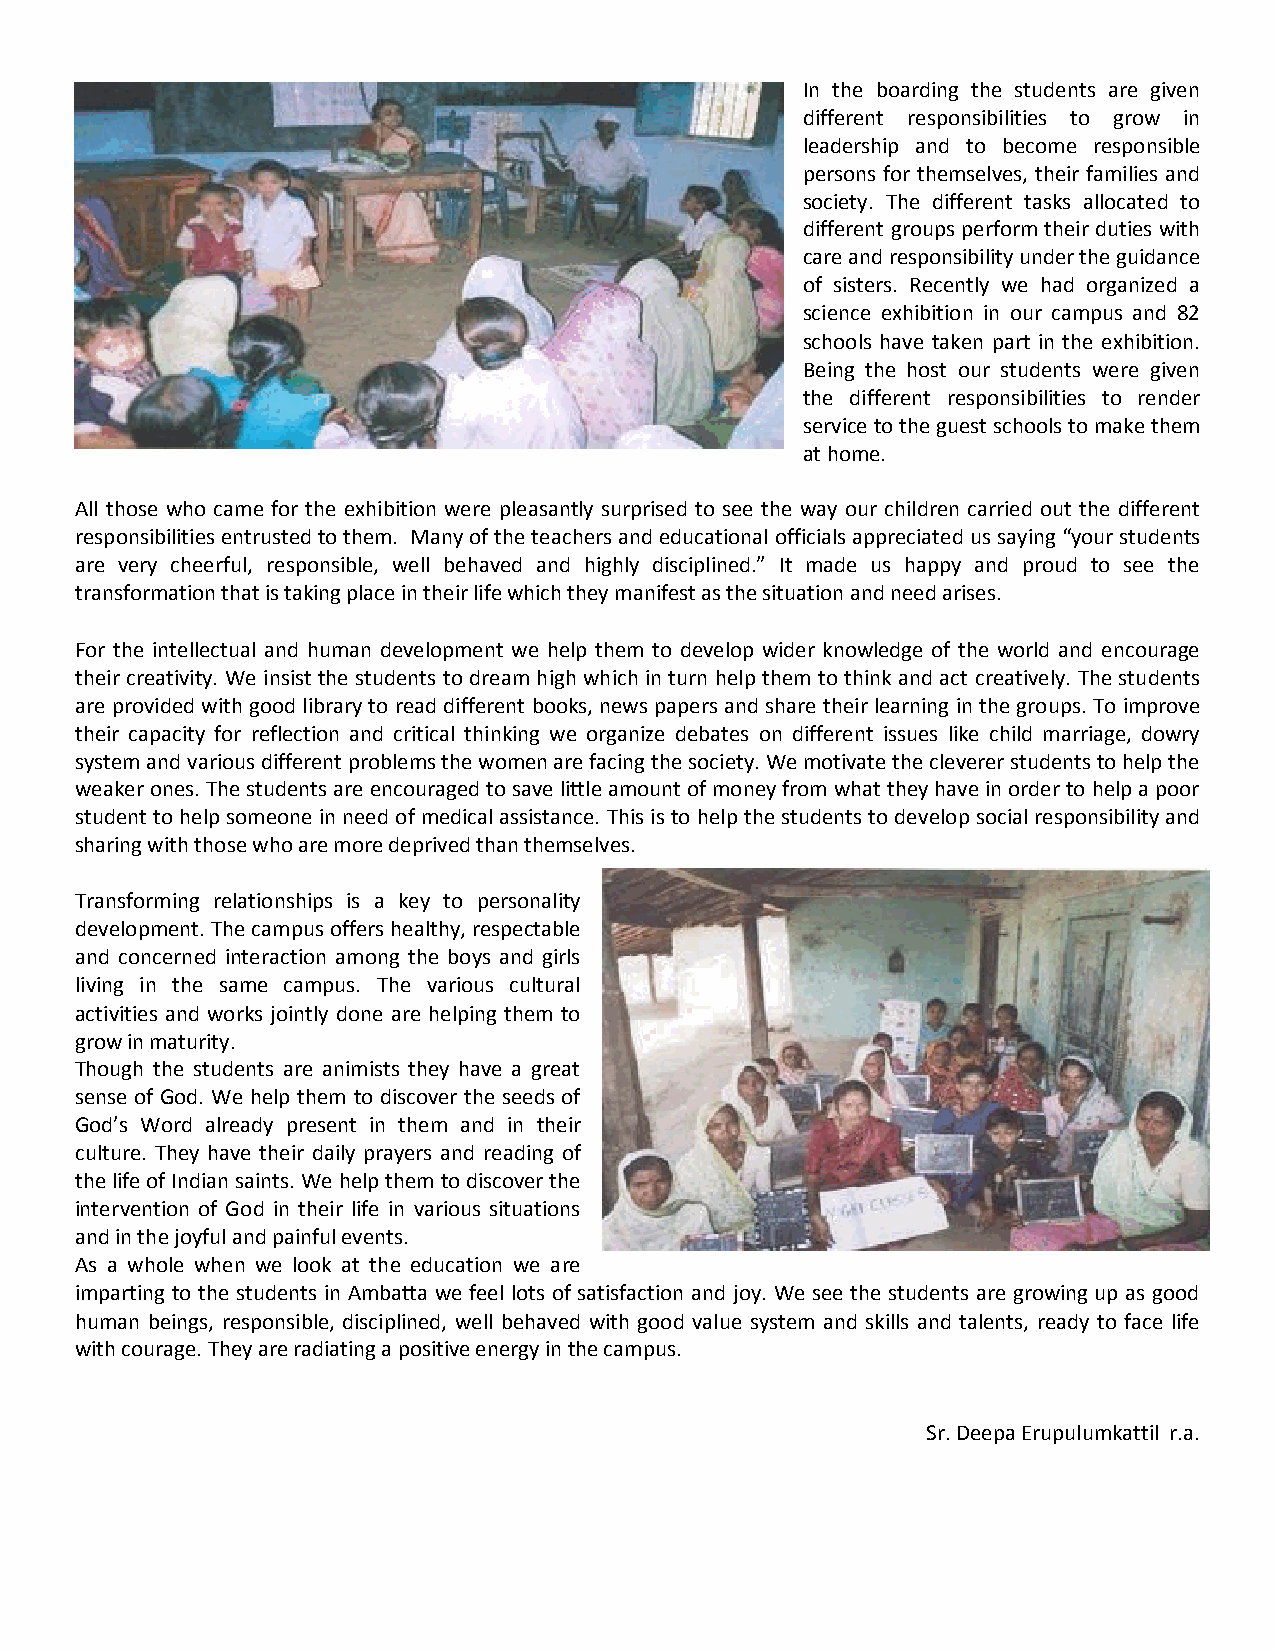
In the boarding the students are given
 different responsibilities to grow in
 leadership and to become responsible
 persons for themselves, their families and
 society. The different tasks allocated to
 different groups perform their duties with
 care and responsibility under the guidance
 of sisters. Recently we had organized a
 science exhibition in our campus and 82
 schools have taken part in the exhibition.
 Being the host our students were given
 the different responsibilities to render
 service to the guest schools to make them
 at home.
 All those who came for the exhibition were pleasantly surprised to see the way our children carried out the different
 responsibilities entrusted to them. Many of the teachers and educational officials appreciated us saying “your students
 are very cheerful, responsible, well behaved and highly disciplined.” It made us happy and proud to see the
 transformation that is taking place in their life which they manifest as the situation and need arises.
 For the intellectual and human development we help them to develop wider knowledge of the world and encourage
 their creativity. We insist the students to dream high which in turn help them to think and act creatively. The students
 are provided with good library to read different books, news papers and share their learning in the groups. To improve
 their capacity for reflection and critical thinking we organize debates on different issues like child marriage, dowry
 system and various different problems the women are facing the society. We motivate the cleverer students to help the
 weaker ones. The students are encouraged to save little amount of money from what they have in order to help a poor
 student to help someone in need of medical assistance. This is to help the students to develop social responsibility and
 sharing with those who are more deprived than themselves.
 Transforming relationships is a key to personality
 development. The campus offers healthy, respectable
 and concerned interaction among the boys and girls
 living in the same campus. The various cultural
 activities and works jointly done are helping them to
 grow in maturity.
 Though the students are animists they have a great
 sense of God. We help them to discover the seeds of
 God’s Word already present in them and in their
 culture. They have their daily prayers and reading of
 the life of Indian saints. We help them to discover the
 intervention of God in their life in various situations
 and in the joyful and painful events.
 As a whole when we look at the education we are
 imparting to the students in Ambatta we feel lots of satisfaction and joy. We see the students are growing up as good
 human beings, responsible, disciplined, well behaved with good value system and skills and talents, ready to face life
 with courage. They are radiating a positive energy in the campus.
 Sr. Deepa Erupulumkattil r.a.